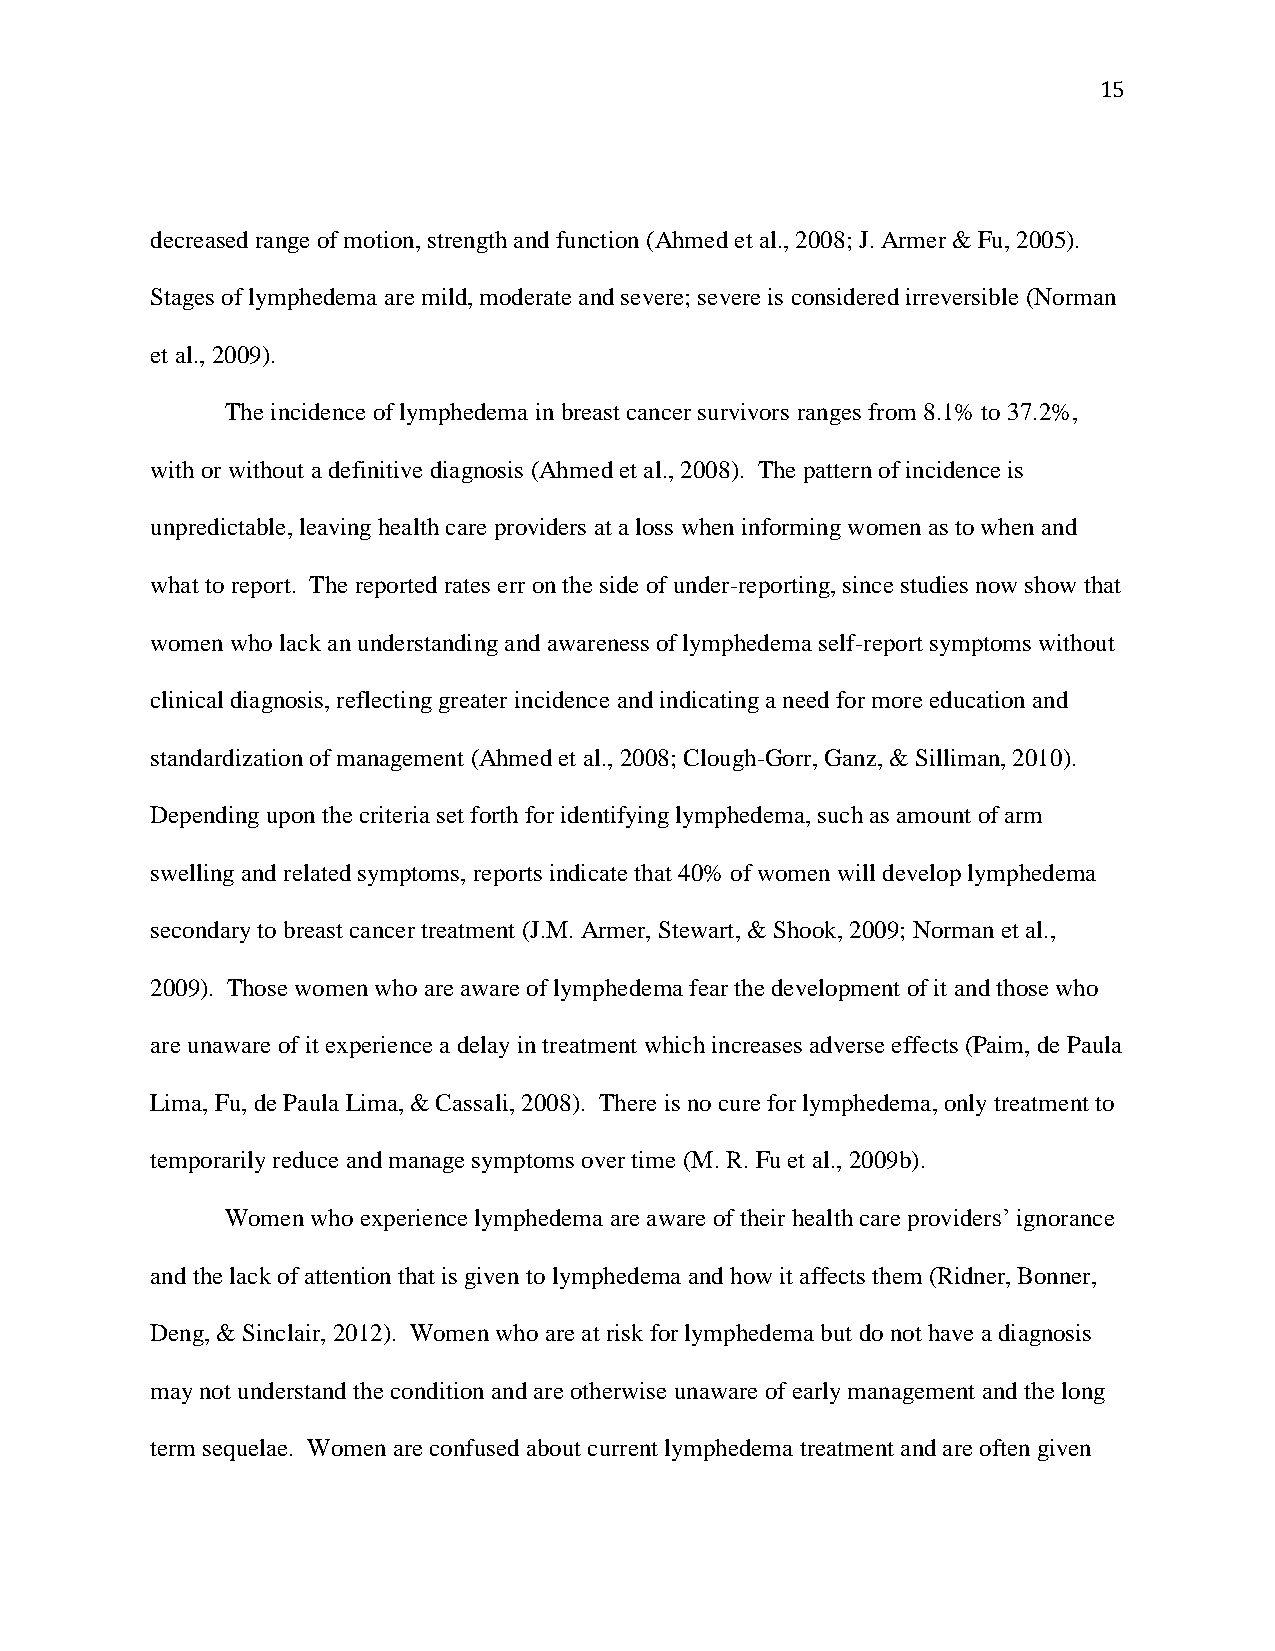
15
 decreased range of motion, strength and function (Ahmed et al., 2008; J. Armer & Fu, 2005).
 Stages of lymphedema are mild, moderate and severe; severe is considered irreversible (Norman
 et al., 2009).
 The incidence of lymphedema in breast cancer survivors ranges from 8.1% to 37.2%,
 with or without a definitive diagnosis (Ahmed et al., 2008). The pattern of incidence is
 unpredictable, leaving health care providers at a loss when informing women as to when and
 what to report. The reported rates err on the side of under-reporting, since studies now show that
 women who lack an understanding and awareness of lymphedema self-report symptoms without
 clinical diagnosis, reflecting greater incidence and indicating a need for more education and
 standardization of management (Ahmed et al., 2008; Clough-Gorr, Ganz, & Silliman, 2010).
 Depending upon the criteria set forth for identifying lymphedema, such as amount of arm
 swelling and related symptoms, reports indicate that 40% of women will develop lymphedema
 secondary to breast cancer treatment (J.M. Armer, Stewart, & Shook, 2009; Norman et al.,
 2009). Those women who are aware of lymphedema fear the development of it and those who
 are unaware of it experience a delay in treatment which increases adverse effects (Paim, de Paula
 Lima, Fu, de Paula Lima, & Cassali, 2008). There is no cure for lymphedema, only treatment to
 temporarily reduce and manage symptoms over time (M. R. Fu et al., 2009b).
 Women who experience lymphedema are aware of their health care providers’ ignorance
 and the lack of attention that is given to lymphedema and how it affects them (Ridner, Bonner,
 Deng, & Sinclair, 2012). Women who are at risk for lymphedema but do not have a diagnosis
 may not understand the condition and are otherwise unaware of early management and the long
 term sequelae. Women are confused about current lymphedema treatment and are often given